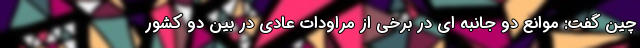
چین گفت: موانع دو جانبه ای در برخی از مراودات عادی در بین دو کشور